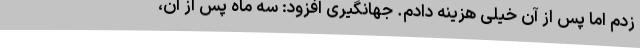
زدم اما پس از آن خیلی هزینه دادم. جهانگیری افزود: سه ماه پس از آن،